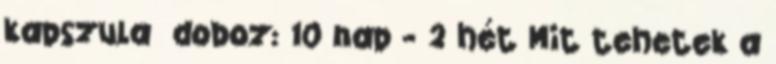
kapszula doboz: 10 nap - 2 hét Mit tehetek a